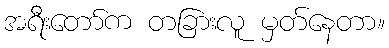
အရီးတော်က တခြားလူ မှတ်နေတာ။